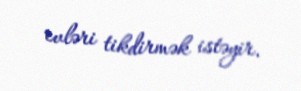
evləri tikdirmək istəyir.